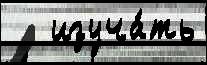
   изуча́ть